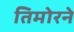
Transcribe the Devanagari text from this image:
तिमोरने